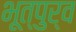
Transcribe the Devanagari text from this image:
भूत्पुर्व